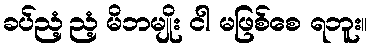
ခပ်ညံ့ညံ့ မိဘမျိုး ငါ မဖြစ်စေ ရဘူး။